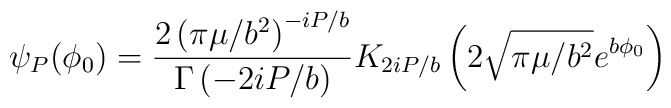
\psi_{P}(\phi_{0})=\frac{2\left(  \pi\mu/b^{2}\right)  ^{-iP/b}}{\Gamma\left(-2iP/b\right)  }K_{2iP/b}\left(  2\sqrt{\pi\mu/b^{2}}e^{b\phi_{0}}\right)